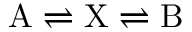
\mathrm { A } \rightleftharpoons \mathrm { X } \rightleftharpoons \mathrm { B }